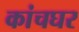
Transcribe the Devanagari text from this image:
कांचघर